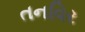
તનવિર